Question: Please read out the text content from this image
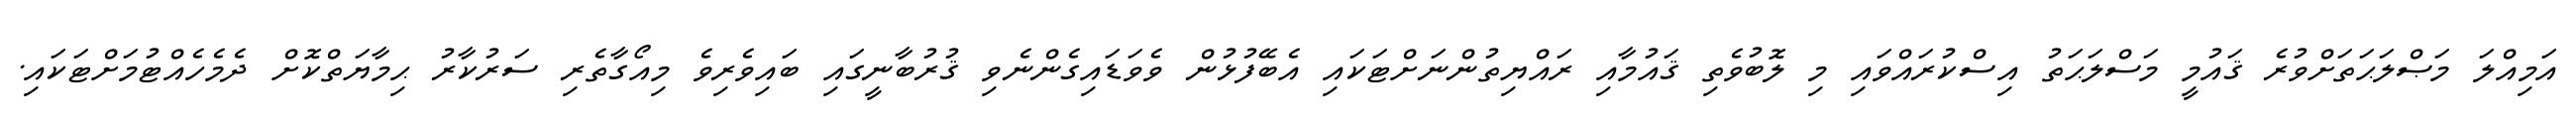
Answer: އަމިއްލަ މަޞްލަޙަތަށްވުރެ ޤައުމީ މަސްލަޙަތު އިސްކުރައްވައި މި ލޮބުވެތި ޤައުމާއި ރައްޔިތުންނަށްޓަކައި އެބޭފުޅުން ވެވަޑައިގެންނެވި ޤުރުބާނީގައި ބައިވެރިވެ މިއޯގާތެރި ސަރުކާރު ޙިމާޔަތްކޮށް ދެމެހެއްޓުމަށްޓަކައި.